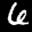
Label: 6